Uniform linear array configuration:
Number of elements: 24
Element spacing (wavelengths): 0.25
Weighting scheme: hann
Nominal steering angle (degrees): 60
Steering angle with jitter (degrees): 60.417
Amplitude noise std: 0.05
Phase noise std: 0.05

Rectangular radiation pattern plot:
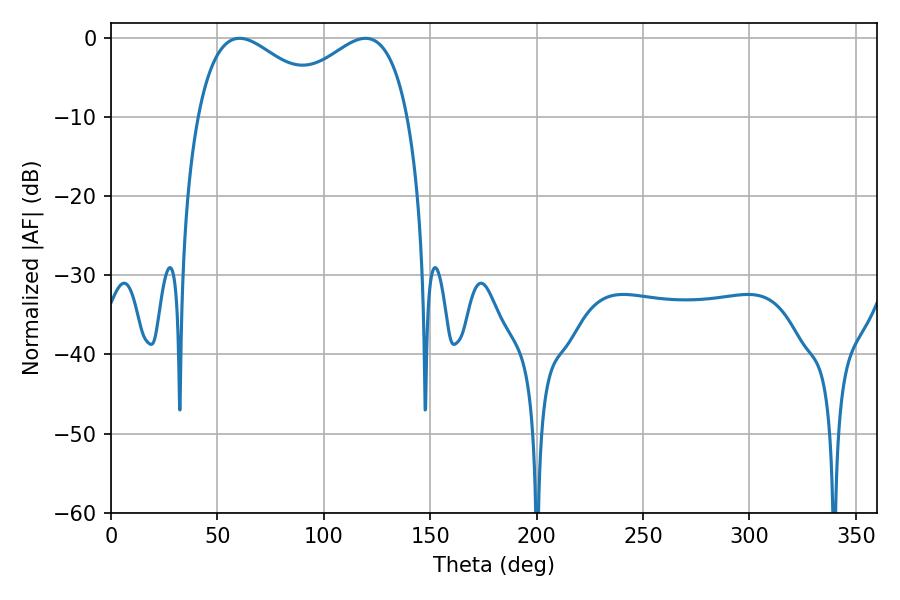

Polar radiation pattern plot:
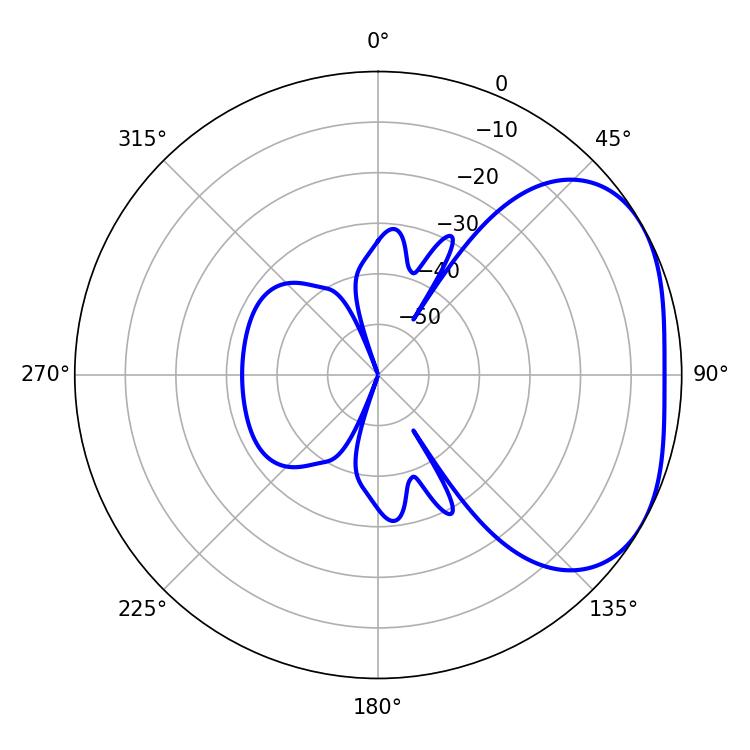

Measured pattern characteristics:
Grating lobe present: FALSE
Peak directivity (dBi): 2.953
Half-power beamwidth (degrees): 34.56
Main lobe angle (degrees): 60.48